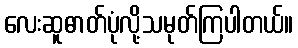
လေးဆူဓာတ်ပုံလို့သမုတ်ကြပါတယ်။